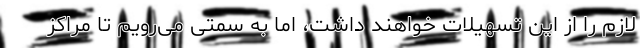
لازم را از این تسهیلات خواهند داشت، اما به سمتی می‌رویم تا مراکز